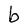
Character: b